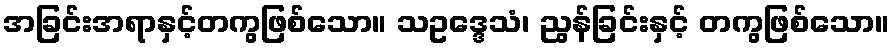
အခြင်းအရာနှင့်တကွဖြစ်သော။ သဥဒ္ဒေသံ၊ ညွန်ခြင်းနှင့် တကွဖြစ်သော။